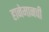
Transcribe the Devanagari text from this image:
हानेमानची